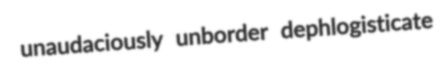
unaudaciously unborder dephlogisticate